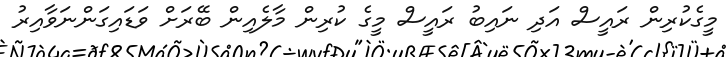
މީގެކުރިން ރައީސް އަދި ނައިބު ރައީސް މީގެ ކުރިން މާލެއިން ބޭރަށް ވަޑައިގަންނަވާއިރު